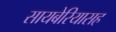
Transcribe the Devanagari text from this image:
सायबेरियासह